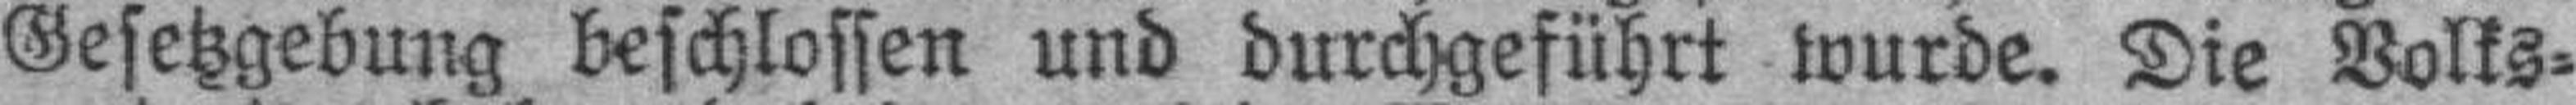
Gesetzgebung beschlossen und durchgeführt wurde. Die Volks¬